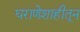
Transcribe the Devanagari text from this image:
घराणेशाहीतून